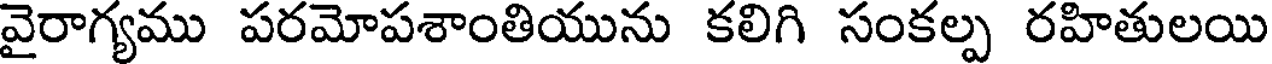
వైరాగ్యము పరమోపశాంతియును కలిగి సంకల్ప రహితులయి